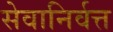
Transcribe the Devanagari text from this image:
सेवानिर्वत्त